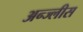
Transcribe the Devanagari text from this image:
अन्ज्लीस